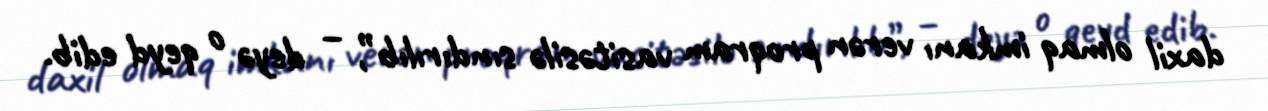
daxil olmaq imkanı verən proqram vasitəsilə sındırılıb”, – deyə o qeyd edib.